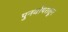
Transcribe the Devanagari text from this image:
पुनर्वापरातून